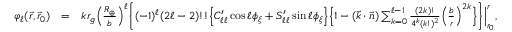
\begin{array} { r l r } { \varphi _ { \ell } ( \vec { r } , \vec { r } _ { 0 } ) } & { = } & { k r _ { g } \Big ( \frac { R _ { \oplus } } { b } \Big ) ^ { \ell } \bigg \{ ( - 1 ) ^ { \ell } ( 2 \ell - 2 ) ! ! \Big \{ C _ { \ell \ell } ^ { \prime } \cos \ell \phi _ { \xi } + S _ { \ell \ell } ^ { \prime } \sin \ell \phi _ { \xi } \Big \} \Big \{ 1 - ( \vec { k } \cdot \vec { n } ) \sum _ { k = 0 } ^ { \ell - 1 } \frac { ( 2 k ) ! } { 4 ^ { k } ( k ! ) ^ { 2 } } \Big ( \frac { b } { r } \Big ) ^ { 2 k } \Big \} \bigg \} \Big | _ { r _ { 0 } } ^ { r } , } \end{array}